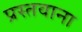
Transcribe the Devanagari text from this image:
प्रस्तवाना